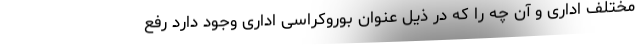
مختلف اداری و آن چه را که در ذیل عنوان بوروکراسی اداری وجود دارد رفع